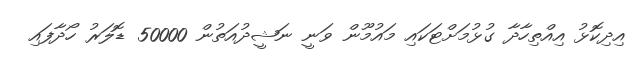
އިދިކޮޅު އިއްތިހާދާ ގުޅުމަށްޓަކައި މައުމޫން ވަނީ ނަޝީދުއަތުން 50000 ޑޮލަރު ހޯދާފައި